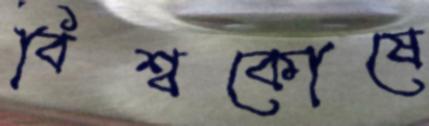
বিশ্বকোষে